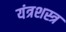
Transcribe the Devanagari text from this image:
यंत्रशस्त्र